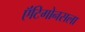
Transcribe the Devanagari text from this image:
ऍंटिगोनसला